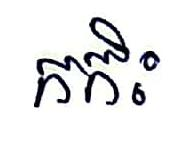
កកិះ